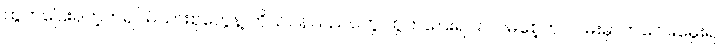
ထွက်ပြေးရတဲ့ကရင်မိသားစုတွေနဲ့ ကိုယ်ဝန်သည်တွေ ထွက်ပြေးရင်း လမစေ့ဘဲ လမ်းမှာကလေးမွေးရ၊